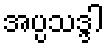
အပ္ပသဒ္ဒါ